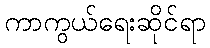
ကာကွယ်ရေးဆိုင်ရာ